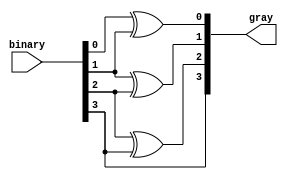
`timescale 1ns / 1ps
//////////////////////////////////////////////////////////////////////////////////
// Company: 
// Engineer: 
// 
// Design Name: 
// Module Name: binary_to_gray_encoder
// Project Name: 
// Target Devices: 
// Tool Versions: 
// Description: 
// 
// Dependencies: 
// 
// Revision:
// Revision 0.01 - File Created
// Additional Comments:
// 
//////////////////////////////////////////////////////////////////////////////////


module binary_to_gray_encoder(
    input [3:0] binary,
    output [3:0] gray
    );
    assign gray[0]=binary[0]^binary[1];
    assign gray[1]=binary[1]^binary[2];
    assign gray[2]=binary[2]^binary[3];
    assign gray[3]=binary[3];
endmodule